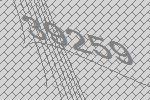
39259